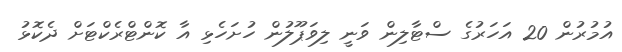
އުމުރުން 20 އަހަރުގެ ސްޓާލިން ވަނީ ލިވަޕޫލުން ހުށަހެޅި އާ ކޮންޓްރެކްޓަށް ދެކޮޅު